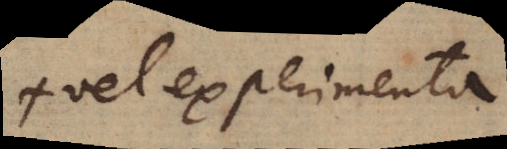
+ vel experimenta